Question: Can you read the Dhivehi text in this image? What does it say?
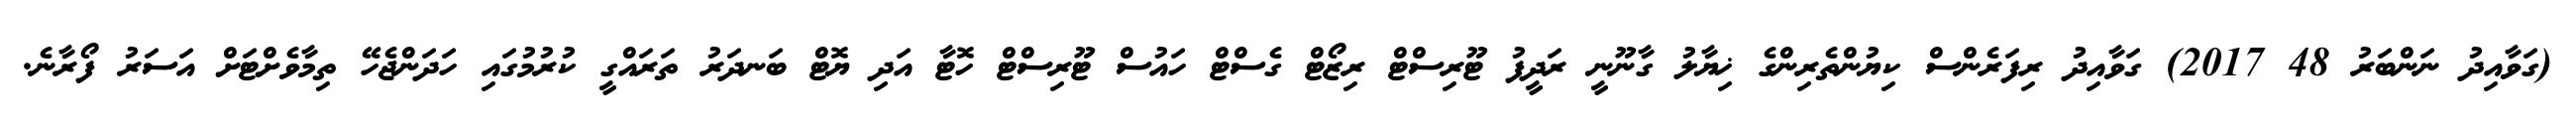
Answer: (ގަވާއިދު ނަންބަރު 48 2017) ގަވާއިދު ރިފަރެންސް ކިޔުންތެރިންގެ ޚިޔާލު ގާނޫނީ ރަދީފު ޓޫރިސްޓް ރިޒޯޓް ގެސްޓް ހައުސް ޓޫރިސްޓް ހޮޓާ އަދި ޔޮޓް ބަނދަރު ތަރައްގީ ކުރުމުގައި ހަދަންޖެހޭ ތިމާވެށްޓަށް އަސަރު ފޯރާނެ.